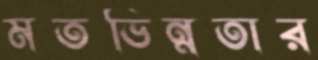
মতভিন্নতার